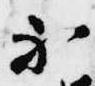
不